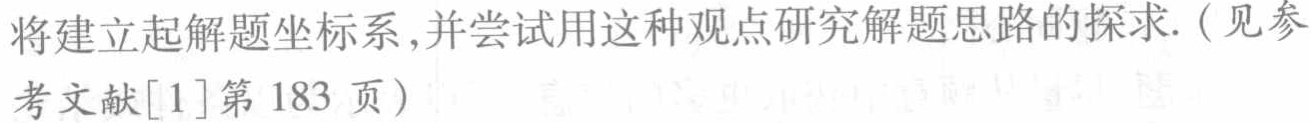
将建立起解题坐标系,并尝试用这种观点研究解题思路的探求.（见参考文献[1]第183 页）